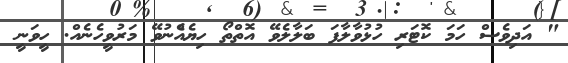
" އަދިވެސް ހަމަ ކޮޓަރި ހުޅުވާލާފަ ބަލާލެވޭ އޮތްތޯ ހިޔެއެްނުވޭ މަރުވީހެނެއް. ހީވަނީ